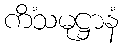
ကိံသမုဋ္ဌာနံ